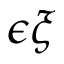
\epsilon \boldsymbol { \xi }